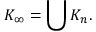
K _ { \infty } = \bigcup K _ { n } .